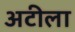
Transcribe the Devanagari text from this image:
अटीला